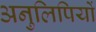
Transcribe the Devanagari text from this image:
अनुलिपियों